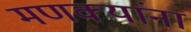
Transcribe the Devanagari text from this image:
मणक्यांना